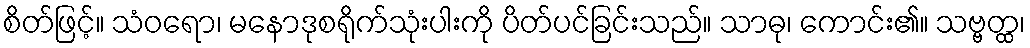
စိတ်ဖြင့်။ သံဝရော၊ မနောဒုစရိုက်သုံးပါးကို ပိတ်ပင်ခြင်းသည်။ သာဓု၊ ကောင်း၏။ သဗ္ဗတ္ထ၊